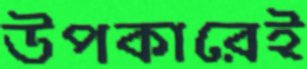
উপকারেই